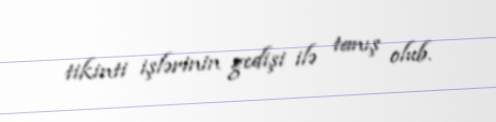
tikinti işlərinin gedişi ilə tanış olub.